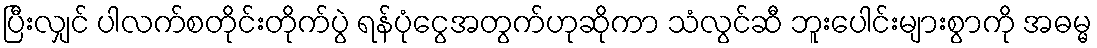
ပြီးလျှင် ပါလက်စတိုင်းတိုက်ပွဲ ရန်ပုံငွေအတွက်ဟုဆိုကာ သံလွင်ဆီ ဘူးပေါင်းများစွာကို အဓမ္မ